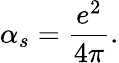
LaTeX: \alpha_{s}={\frac{e^{2}}{4\pi}}.